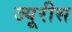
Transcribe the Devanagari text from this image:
ज्यूरीस